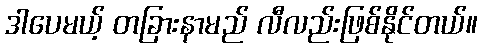
ဒါပေမယ့် တခြားနာမည် လီလည်းဖြစ်နိုင်တယ်။